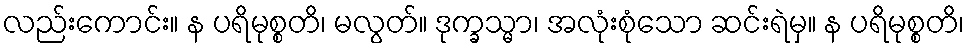
လည်းကောင်း။ န ပရိမုစ္စတိ၊ မလွတ်။ ဒုက္ခသ္မာ၊ အလုံးစုံသော ဆင်းရဲမှ။ န ပရိမုစ္စတိ၊